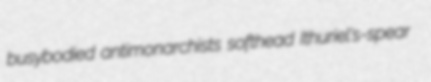
busybodied antimonarchists softhead Ithuriel's-spear